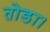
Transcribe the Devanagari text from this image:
तोडा।